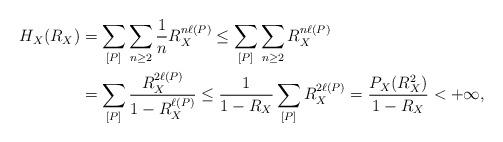
LaTeX: \begin{align*}H_{X}(R_{X}) &= \sum_{[P]} \sum_{n \geq 2} \frac{1}{n} R_{X}^{n \ell(P)} \leq \sum_{[P]} \sum_{n \geq 2} R_{X}^{n \ell(P)} \\&= \sum_{[P]} \frac{R_{X}^{2 \ell(P)}}{1- R_{X}^{\ell(P)}} \leq \frac{1}{1-R_{X}} \sum_{[P]} R_{X}^{2 \ell(P)}= \frac{P_{X}(R_{X}^{2})}{1-R_{X}}< +\infty, \end{align*}